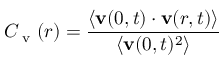
C _ { \textrm { v } } ( r ) = \frac { \langle \mathbf { v } ( 0 , t ) \cdot \mathbf { v } ( r , t ) \rangle } { \langle \mathbf { v } ( 0 , t ) ^ { 2 } \rangle }